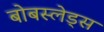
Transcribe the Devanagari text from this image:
बोबस्लेड्स